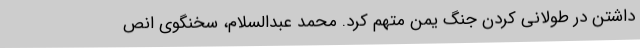
داشتن در طولانی کردن جنگ یمن متهم کرد. محمد عبدالسلام، سخنگوی انص